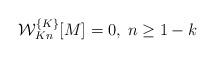
LaTeX: \begin{align*}{\cal W}_{Kn}^{\{K\}}[M]=0, \; n\geq1-k \end{align*}